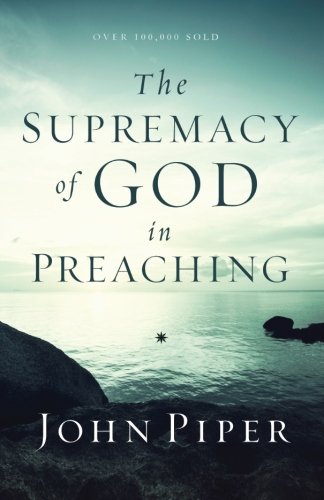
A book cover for The Supremacy of God in Preaching; John Piper; Christian Books & Bibles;